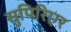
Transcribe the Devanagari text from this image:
सुपिरिएर